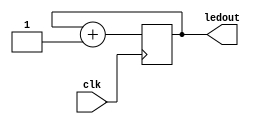
module counter_verilog(
    input clk,
    output [7:0] ledout
    );
    
    reg [7:0] ledout = 0;
    reg [28:0] clkdiv;
    wire clk;
    
    always @(posedge clk)
        begin
            ledout <=  ledout + 1;
//            if(clkdiv == 100000000) begin
//                ledout <= ledout + 1;
//                clkdiv <= 0;
//            end
            
//            else begin
//                clkdiv <= clkdiv +1;
//                ledout <= ledout;
//            end
        end
endmodule